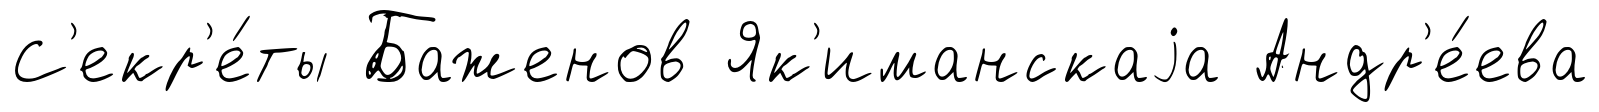
С'екр'е́ты Баженов Як'иманскаjа Андр'е́ева